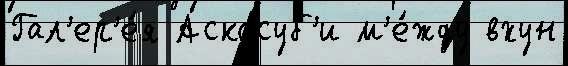
Гал'ер'е́я Аскасуб'и м'е́жду вхун